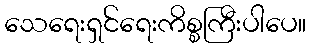
သေရေးရှင်ရေးကိစ္စကြီးပါပေ။